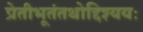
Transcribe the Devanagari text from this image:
प्रेतीभूतंतथोद्दिश्ययः